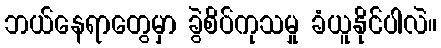
ဘယ်နေရာတွေမှာ ခွဲစိပ်ကုသမှု ခံယူနိုင်ပါလဲ။